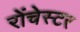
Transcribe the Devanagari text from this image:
रोंचेस्टर